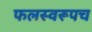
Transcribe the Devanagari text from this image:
फलस्वरूपच